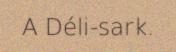
A Déli-sark.